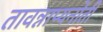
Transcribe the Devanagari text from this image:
तावन्नाप्यनोती